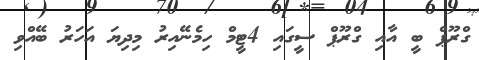
ގްރޫޕް ބީ އާއި ގްރޫޕް ސީގައި 4ޓީމް ހިމެނޭއިރު މިދިޔަ އަހަރު ބޭއްވި